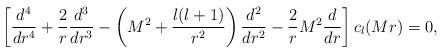
\begin{align*}\left[{d^{4}\over dr^{4}}+{2\over r}{d^{3}\over dr^{3}}-\left(M^{2}+{l(l+1)\over r^{2}}\right){d^{2}\over dr^{2}}-{2\over r}M^{2}{d\over dr}\right]c_{l}(Mr)=0,\end{align*}